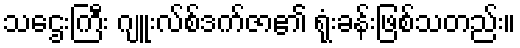
သဌေးကြီး ဂျူးလ်စ်ဒက်ဇာ၏ ရုံးခန်းဖြစ်သတည်း။